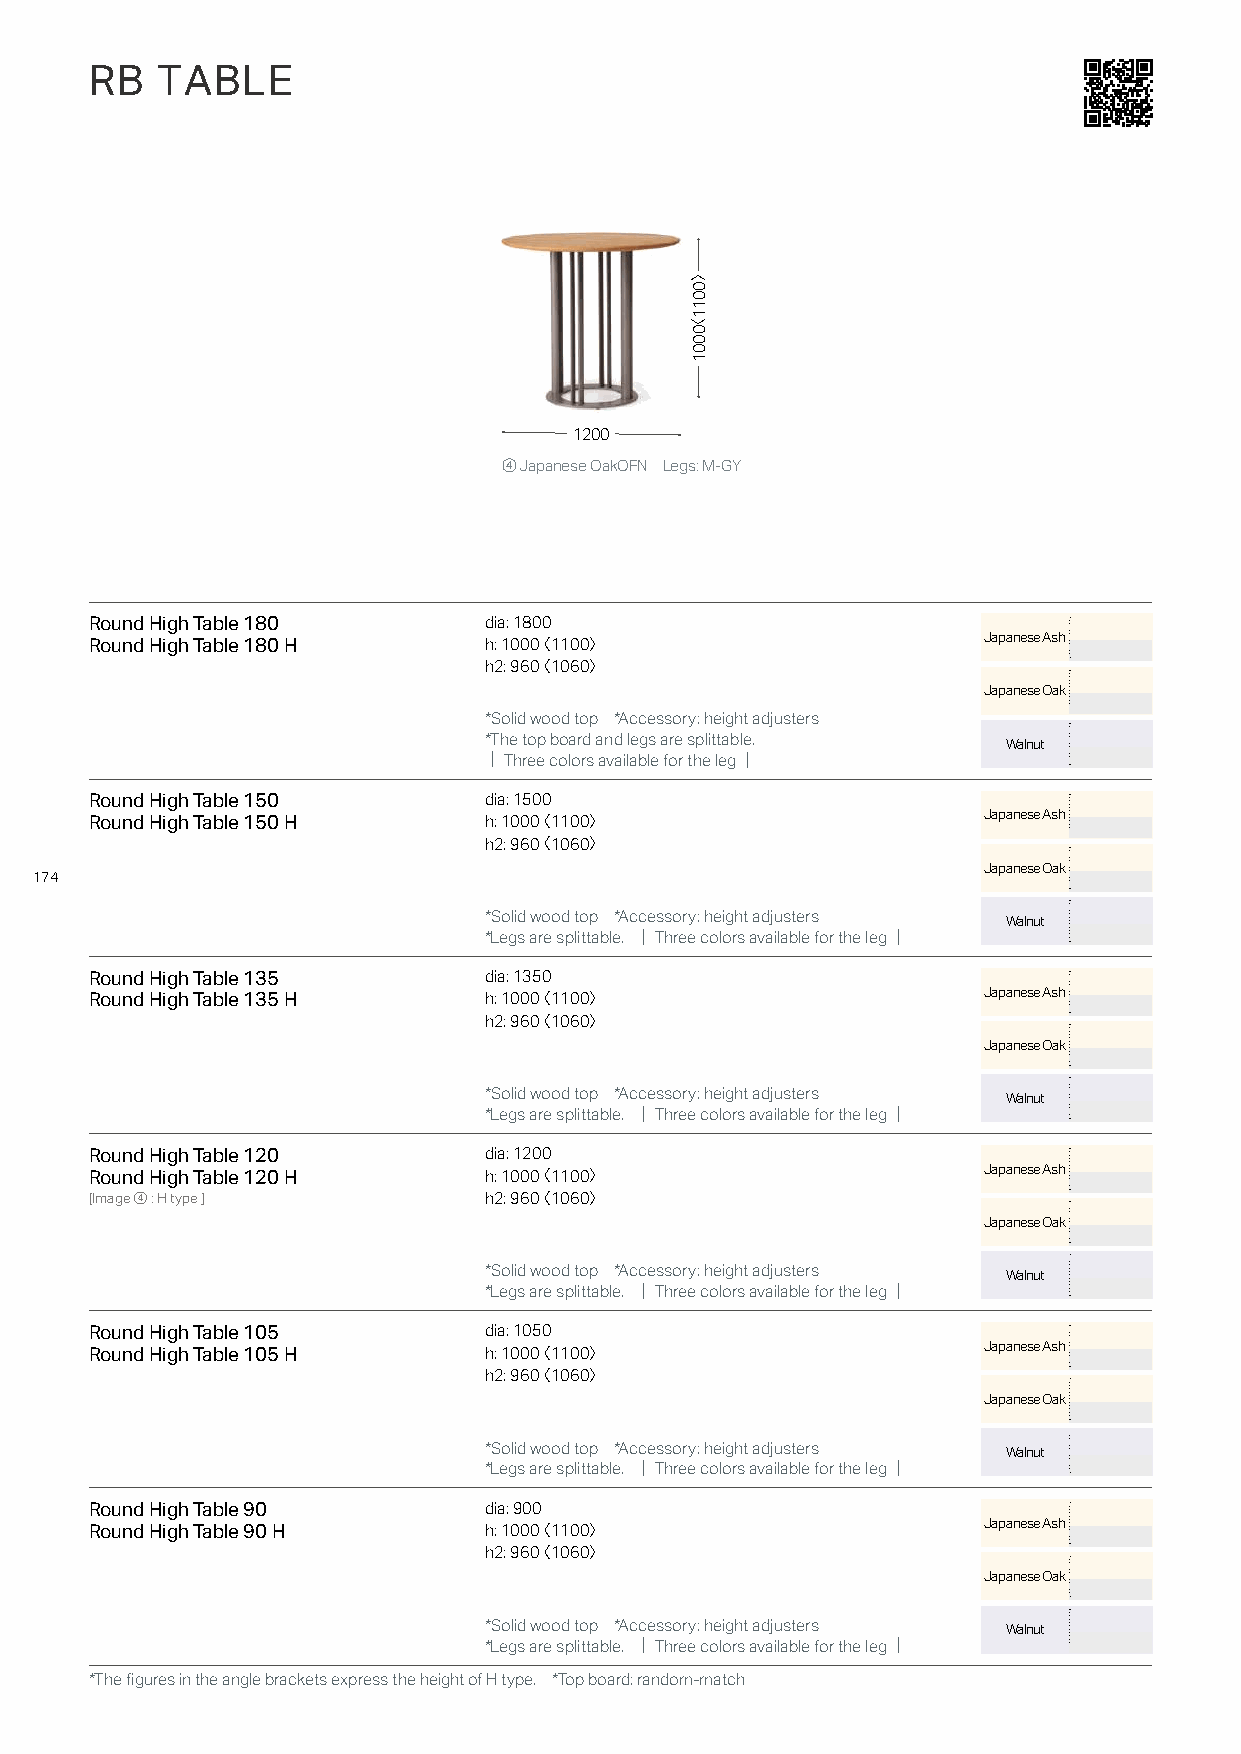
RB  TABLE
 1200
 ④ Japanese OakOFN Legs: M-GY
 Round High Table 180      dia: 1800
 Japanese Ash
 Round High Table 180 H    h: 1000〈 1100〉
 h2: 960〈 1060〉
 Japanese Oak
 *Solid wood top *Accessory: height adjusters
 *The top board and legs are splittable. Walnut
 ｜Three colors available for the leg｜
 Round High Table 150      dia: 1500
 Japanese Ash
 Round High Table 150 H    h: 1000〈 1100〉
 h2: 960〈 1060〉
 Japanese Oak
 174
 *Solid wood top *Accessory: height adjusters Walnut
 *Legs are splittable. ｜Three colors available for the leg｜
 Round High Table 135      dia: 1350
 Japanese Ash
 Round High Table 135 H    h: 1000〈 1100〉
 h2: 960〈 1060〉
 Japanese Oak
 *Solid wood top *Accessory: height adjusters Walnut
 *Legs are splittable. ｜Three colors available for the leg｜
 Round High Table 120      dia: 1200
 Japanese Ash
 Round High Table 120 H    h: 1000〈 1100〉
 [Image④: H type ]         h2: 960〈 1060〉
 Japanese Oak
 *Solid wood top *Accessory: height adjusters Walnut
 *Legs are splittable. ｜Three colors available for the leg｜
 Round High Table 105      dia: 1050
 Japanese Ash
 Round High Table 105 H    h: 1000〈 1100〉
 h2: 960〈 1060〉
 Japanese Oak
 *Solid wood top *Accessory: height adjusters Walnut
 *Legs are splittable. ｜Three colors available for the leg｜
 Round High Table 90       dia: 900
 Japanese Ash
 Round High Table 90 H     h: 1000〈 1100〉
 h2: 960〈 1060〉
 Japanese Oak
 *Solid wood top *Accessory: height adjusters Walnut
 *Legs are splittable. ｜Three colors available for the leg｜
 *The figures in the angle brackets express the height of H type. *Top board: random-match
 〉0011〈0001